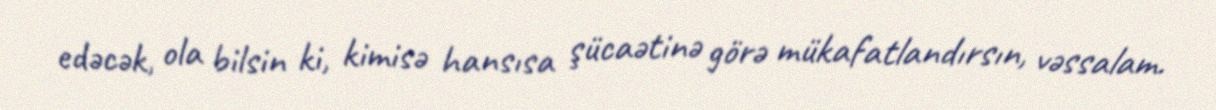
edəcək, ola bilsin ki, kimisə hansısa şücaətinə görə mükafatlandırsın, vəssalam.